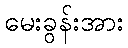
မေးခွန်းအား